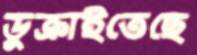
ডুক্‌রাইতেছে